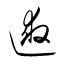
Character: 逑